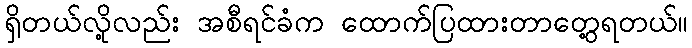
ရှိတယ်လို့လည်း အစီရင်ခံက ထောက်ပြထားတာတွေ့ရတယ်။